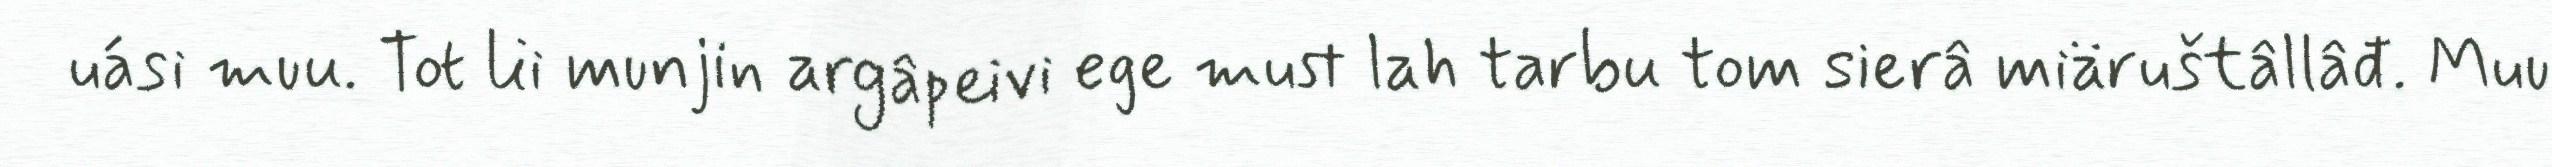
uási muu. Tot lii munjin argâpeivi ege must lah tarbu tom sierâ miäruštâllâđ. Muu